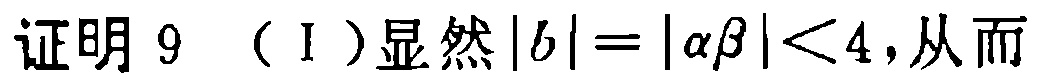
证明 9 （I）显然\(|b| = |\alpha\beta| < 4\)，从而